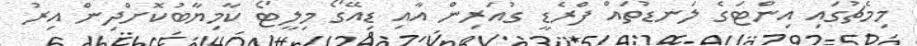
މިމެޗުގައި އިންޓަގެ ލަނޑުތައް ފްރެޑީ ގުއަރިން އާއި ޑިއޭގޯ މިލީޓޯ ކާމިޔާބުކޮށްދިން އިރު